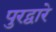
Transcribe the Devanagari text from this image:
पुरद्वारे